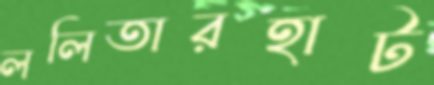
ললিতারহাট